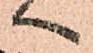
へ